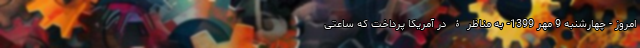
امروز - چهارشنبه 9 مهر 1399- به مناظرۀ در آمریکا پرداخت که ساعتی